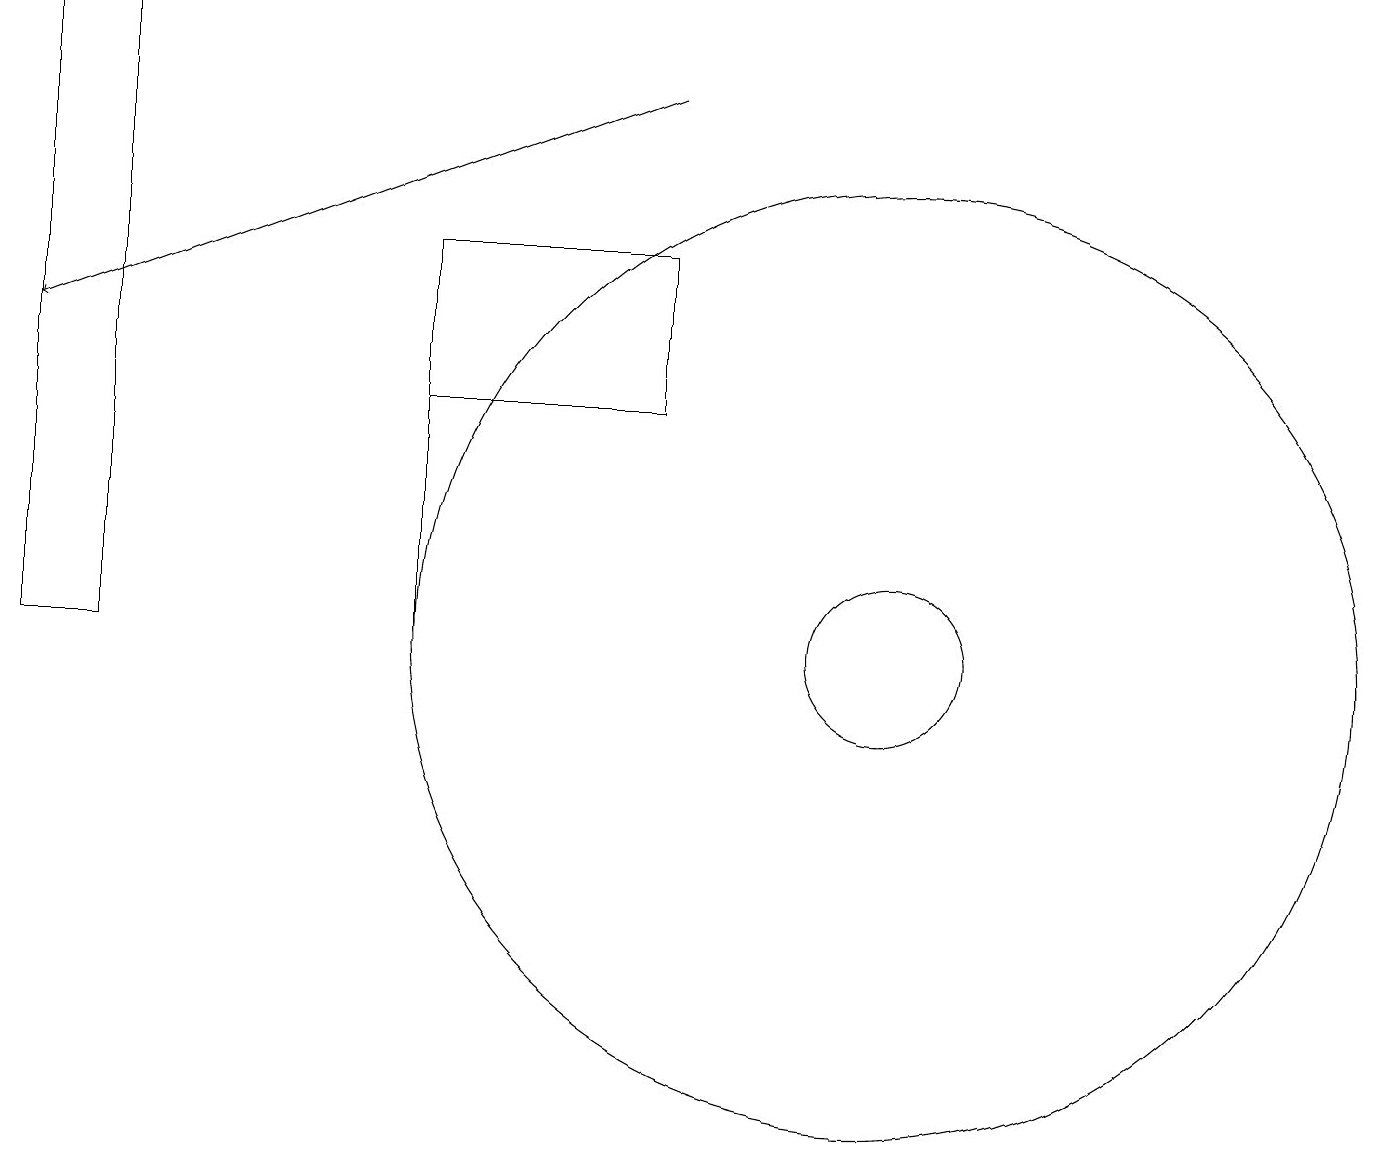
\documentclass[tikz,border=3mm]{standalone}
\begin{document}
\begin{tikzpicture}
\draw[->] (9,18) -- (1,15);
\draw (12,11) circle (6);
\draw (6,11) rectangle (6,15);
\draw (2,11) rectangle (1,19);
\draw (6,16) rectangle (9,14);
\draw (12,11) circle (1);
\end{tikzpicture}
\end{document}